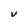
Character: U